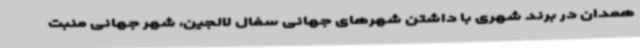
همدان در برند شهری با داشتن شهرهای جهانی سفال لالجین، شهر جهانی منبت